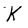
Character: K